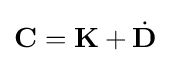
\mathbf {C} =\mathbf {K} +{\dot {\mathbf {D} }}